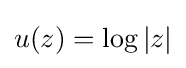
u(z)=\log |z|